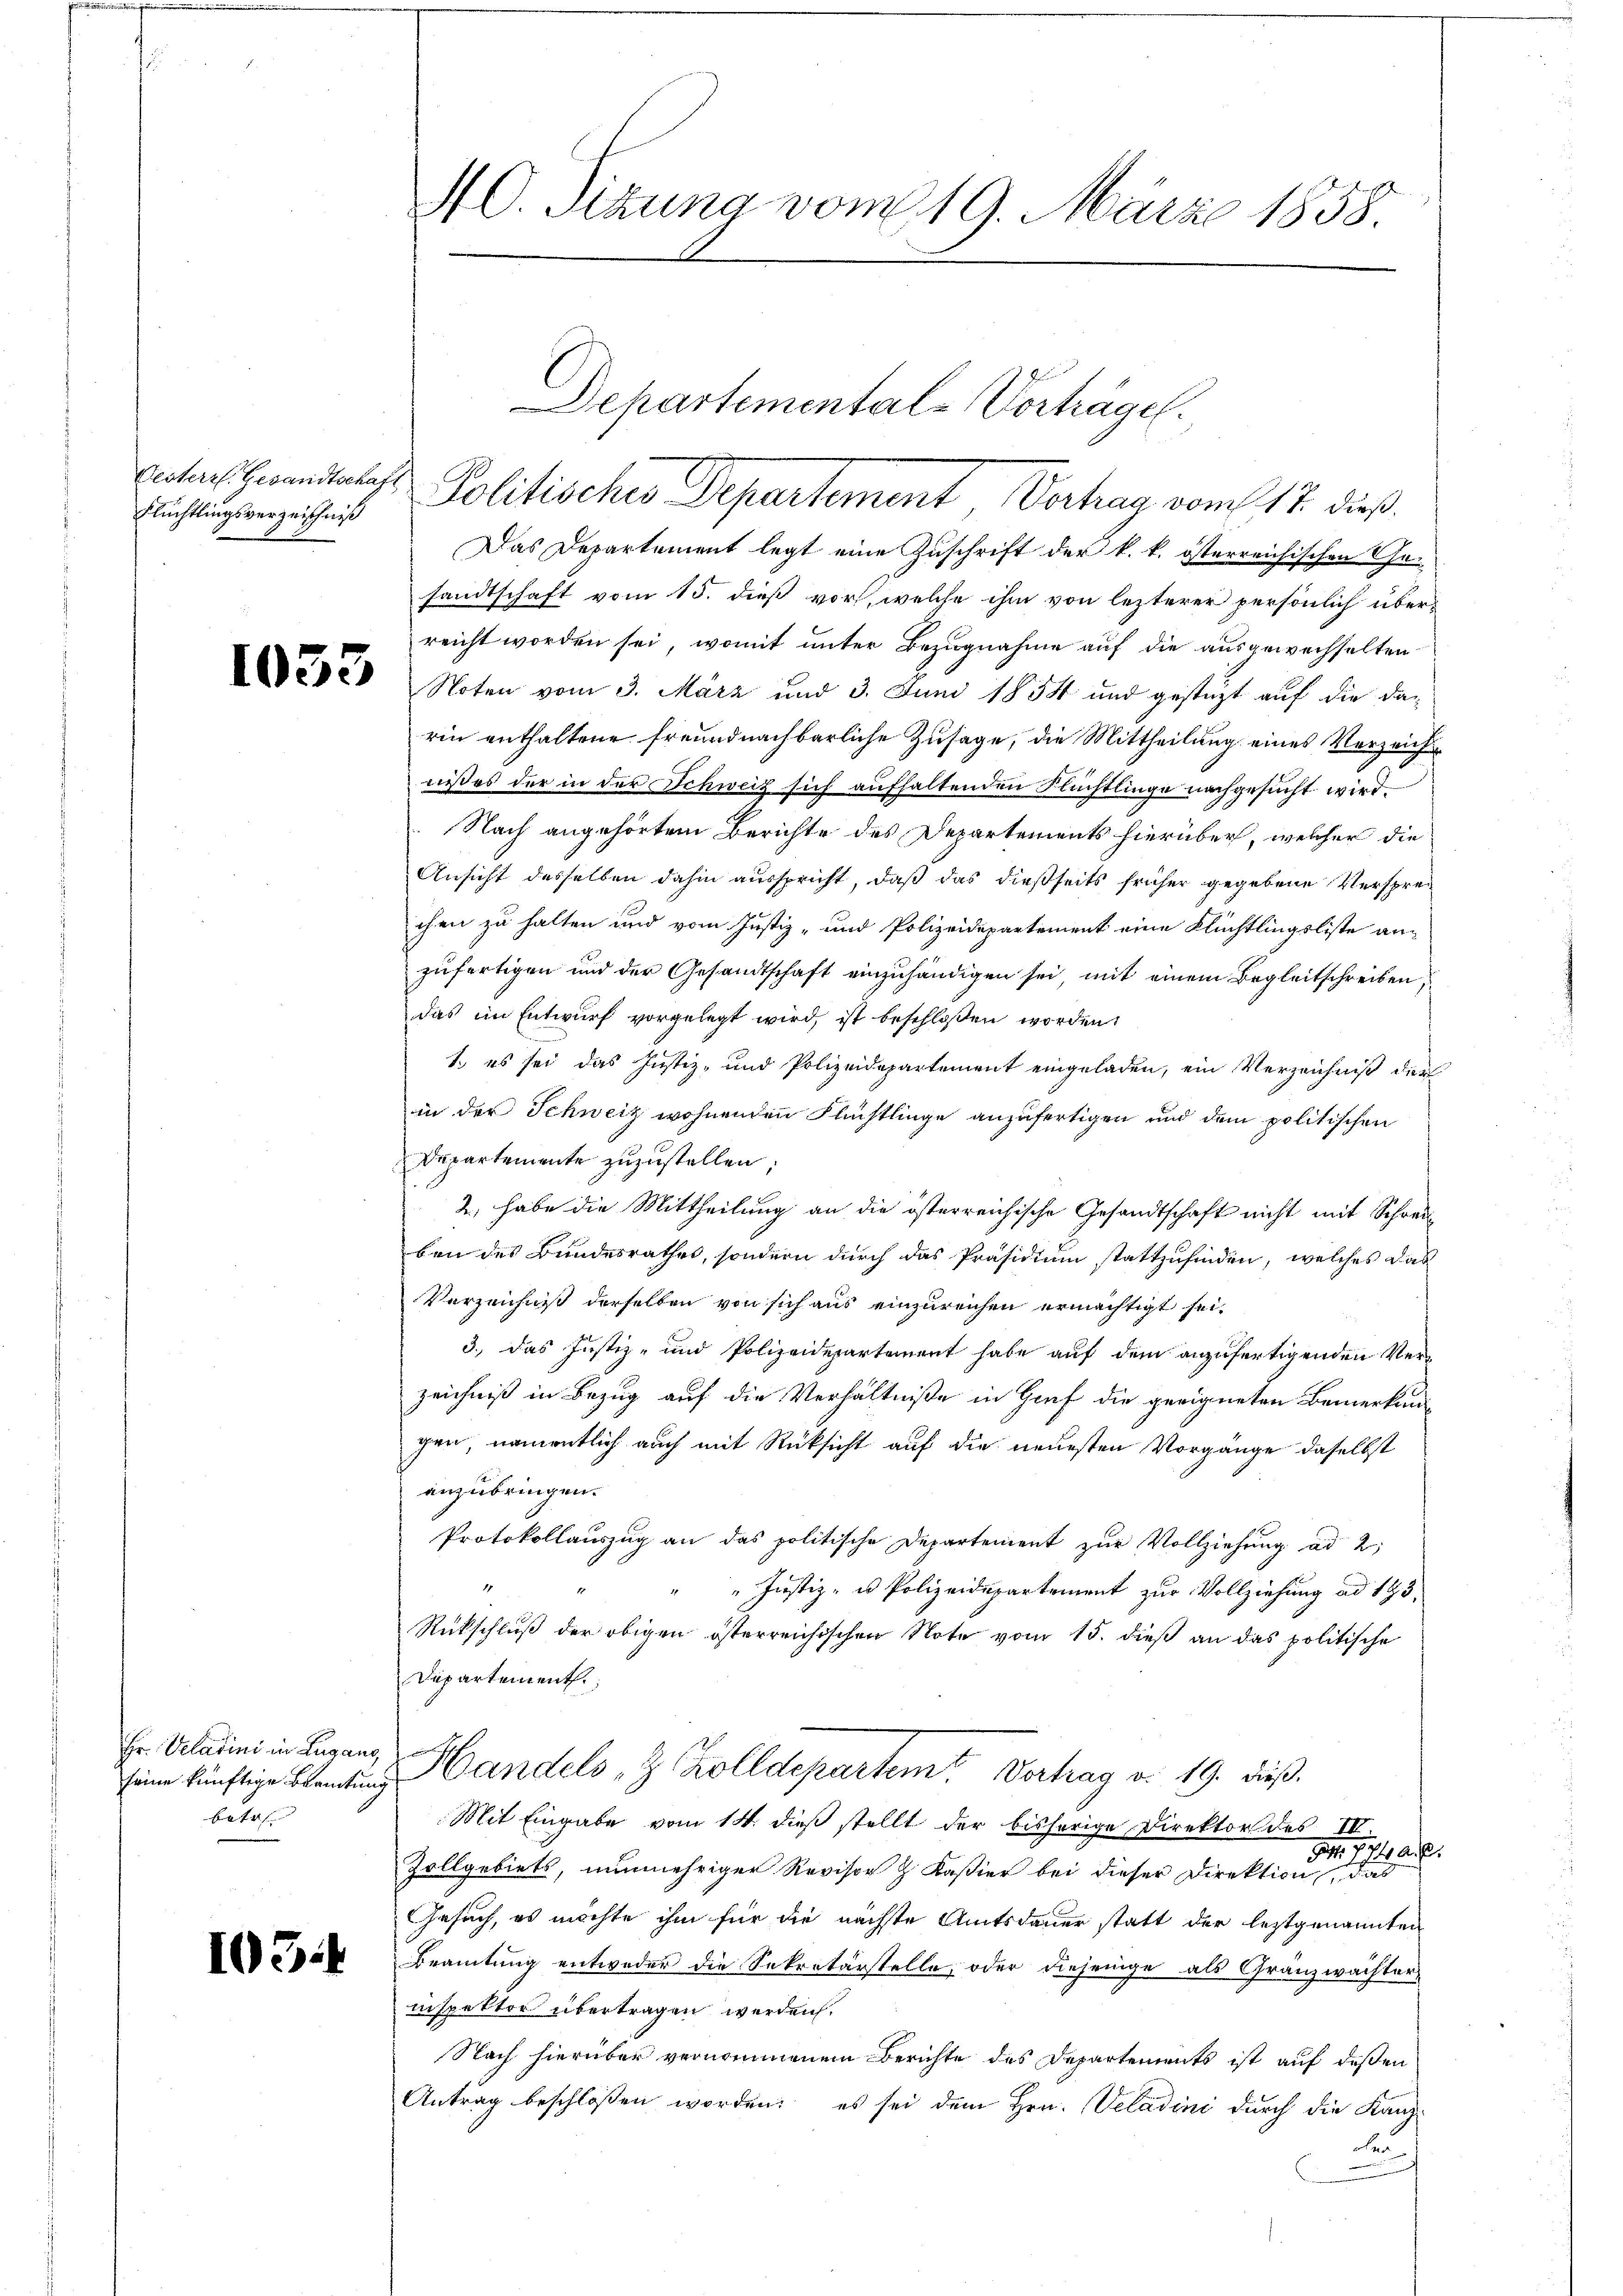
Flüchtlingsverzeichniß

Hr. Veladini in Lugang
bat

103:

Das Departement legt eine Zuschrift der k. k. österreichischen Gesandtschaft vom 15. dieß vor, welche ihm von lezterer persönlich überreicht worden sei, womit unter Bezugnahme auf die ausgewechselten
e Noten vom 3. März und 3. Juni 1854 und gestüzt auf die darin enthaltene freundnachbarliche Zusage, die Mittheilung eines Verzeicht
nißes der in der Schweiz sich aufhaltenden Flüchtlinge nachgesucht wird.
 Nach angehörtem Berichte des Departements hierüber, welcher die
Ansicht desselben dahin ausspricht, daß das dießseits früher gegebene Versprechen zu halten und vom Justiz- und Polizeidepartement eine Flüchtlingsliste anzufertigen und der Gesandtschaft einzuhändigen sei, mit einem Begleitschreiben,
das im Entwurf vorgelegt wird, ist beschloßen worden,
1. es sei das Justiz- und Polizeidepartement eingeladen, ein Verzeichniß der
in der Schweiz wohnenden Flüchtlinge anzufertigen und dem politischen
Departemente zuzustellen.
2., habe die Mittheilung an die österreichische Gesandtschaft nicht mit Schreiben des Bundesrathes, sondern durch das Präsidium stattzufinden, welches das
Verzeichnist derselben von sich aus einzureichen ermächtigt sei.
3., das Justiz- und Polizeidepartement habe auf dem anzufertigenden Verzeichniß in Bezug auf die Verhältniße in Graf die geeigneten Bemerkung
gen, namentlich auch mit Rücksicht auf die neuesten Vorgänge daselbst
anzubringen.
Protokollauszug an das politische Departement zur Vollziehung ad 2
" Justiz- u Polizeidepartement zur Vollziehung ad 193
Rückschluß der obigen österreichischen Note vom 15. dieß an das politische
Departement,
seine künftige Beamtung andels z. Zolldepartem Vertrag v. 19. dieß,
Mit Eingabe vom 14. dieß stellt der bisherige Direktor des III.
.
744.
Zollgebiets, nunmehriger Revisor & Kaßier bei dieser Direktion, das
Gesuch, es möchte ihm für die nächste Amtsdauer statt der leztgenannten
Beamtung entweder die Sekretärstelle, oder diejenige als Gränzwachter-
inspektor übertragen werden.
Nach hierüber vernommenen Berichte des Departements ist auf deßen
Antrag beschlossen worden; es sei dem Hrn. Veladini durch die Kanz¬
u

C. Sitzung vom 19. März 1858.

Departemental-Vorträge.
pector Gewandterlas Politisches Departement Vertrag vom 17. dieß,